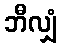
ဘီလျှံ